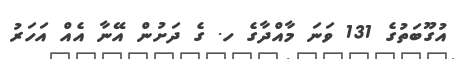
އުގޫބަތުގެ 131 ވަނަ މާއްދާގެ ހ. ގެ ދަށުން އޭނާ އެއް އަހަރު